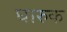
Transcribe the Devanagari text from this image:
घारुक